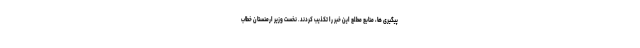
پیگیری ها، منابع مطلع این خبر را تکذیب کردند. نخست وزیر ارمنستان خطاب